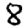
Digit: 8